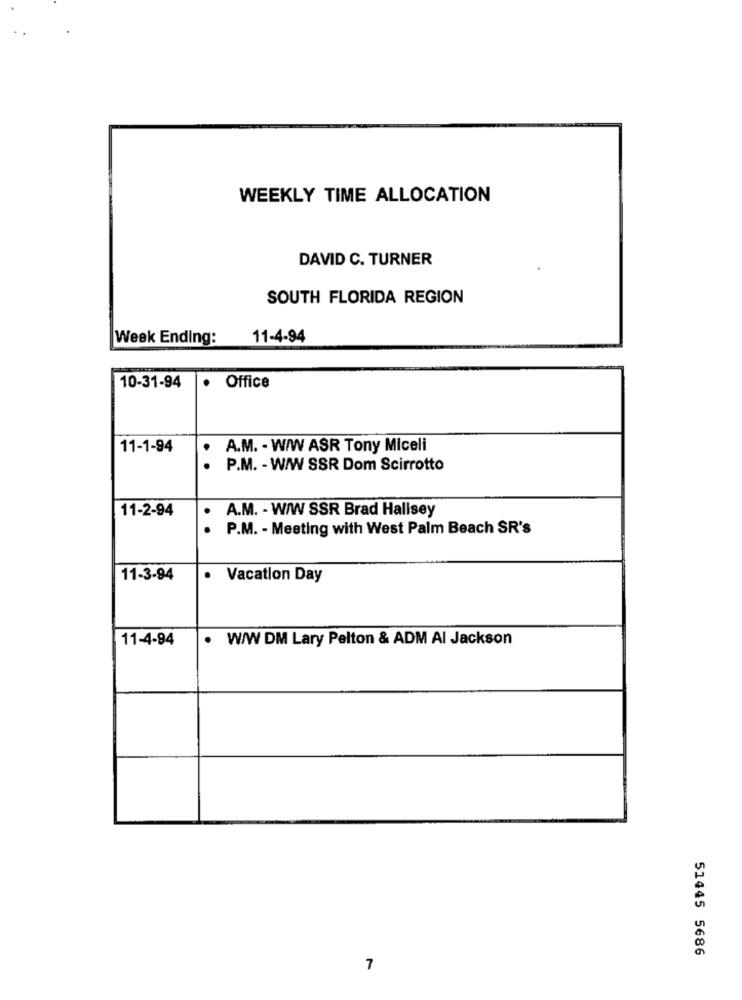
WEEKLY TIME ALLOCATION
DAVID C. TURNER
SOUTH FLORIDA REGION
Week Ending:
11-4-94
10-31-94
·
Office
11-1-94
A.M. - W/W ASR Tony Miceli
P.M. - W/W SSR Dom Scirrotto
11-2-94
A.M. - W/W SSR Brad Hallsey
. .
P.M. - Meeting with West Palm Beach SR's
11-3-94
.
Vacation Day
11-4-94
W/W DM Lary Pelton & ADM Al Jackson
.
51445 5686
7